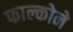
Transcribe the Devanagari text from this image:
फाल्कोने